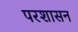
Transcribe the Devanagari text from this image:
परशासन